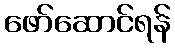
ဖော်ဆောင်ရန်